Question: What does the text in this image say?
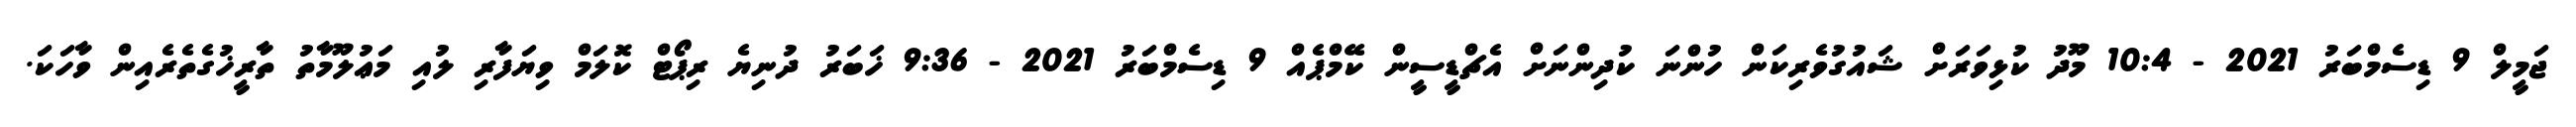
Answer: ޖަމީލް 9 ޑިސެމްބަރު 2021 - 10:4 މޫދު ކުޅިވަރަށް ޝައުގުވެރިކަން ހުންނަ ކުދިންނަށް އެޗްޑީސީން ކޭމްޕެއް 9 ޑިސެމްބަރު 2021 - 9:36 ޚަބަރު ދުނިޔެ ރިޕޯޓް ކޮލަމް ވިޔަފާރި ލުއި މަޢުލޫމާތު ތާރީޚުގެތެރެއިން ވާހަކަ.